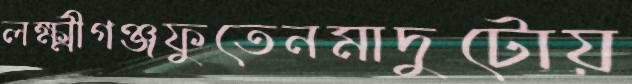
লক্ষ্মীগঞ্জফুতেনমাদুটোয়